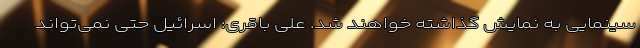
سینمایی به نمایش گذاشته خواهند شد. علی باقری: اسرائیل حتی نمی‌تواند